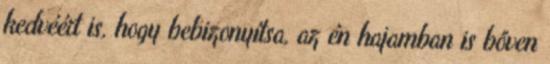
kedvéért is, hogy bebizonyítsa, az én hajamban is bőven